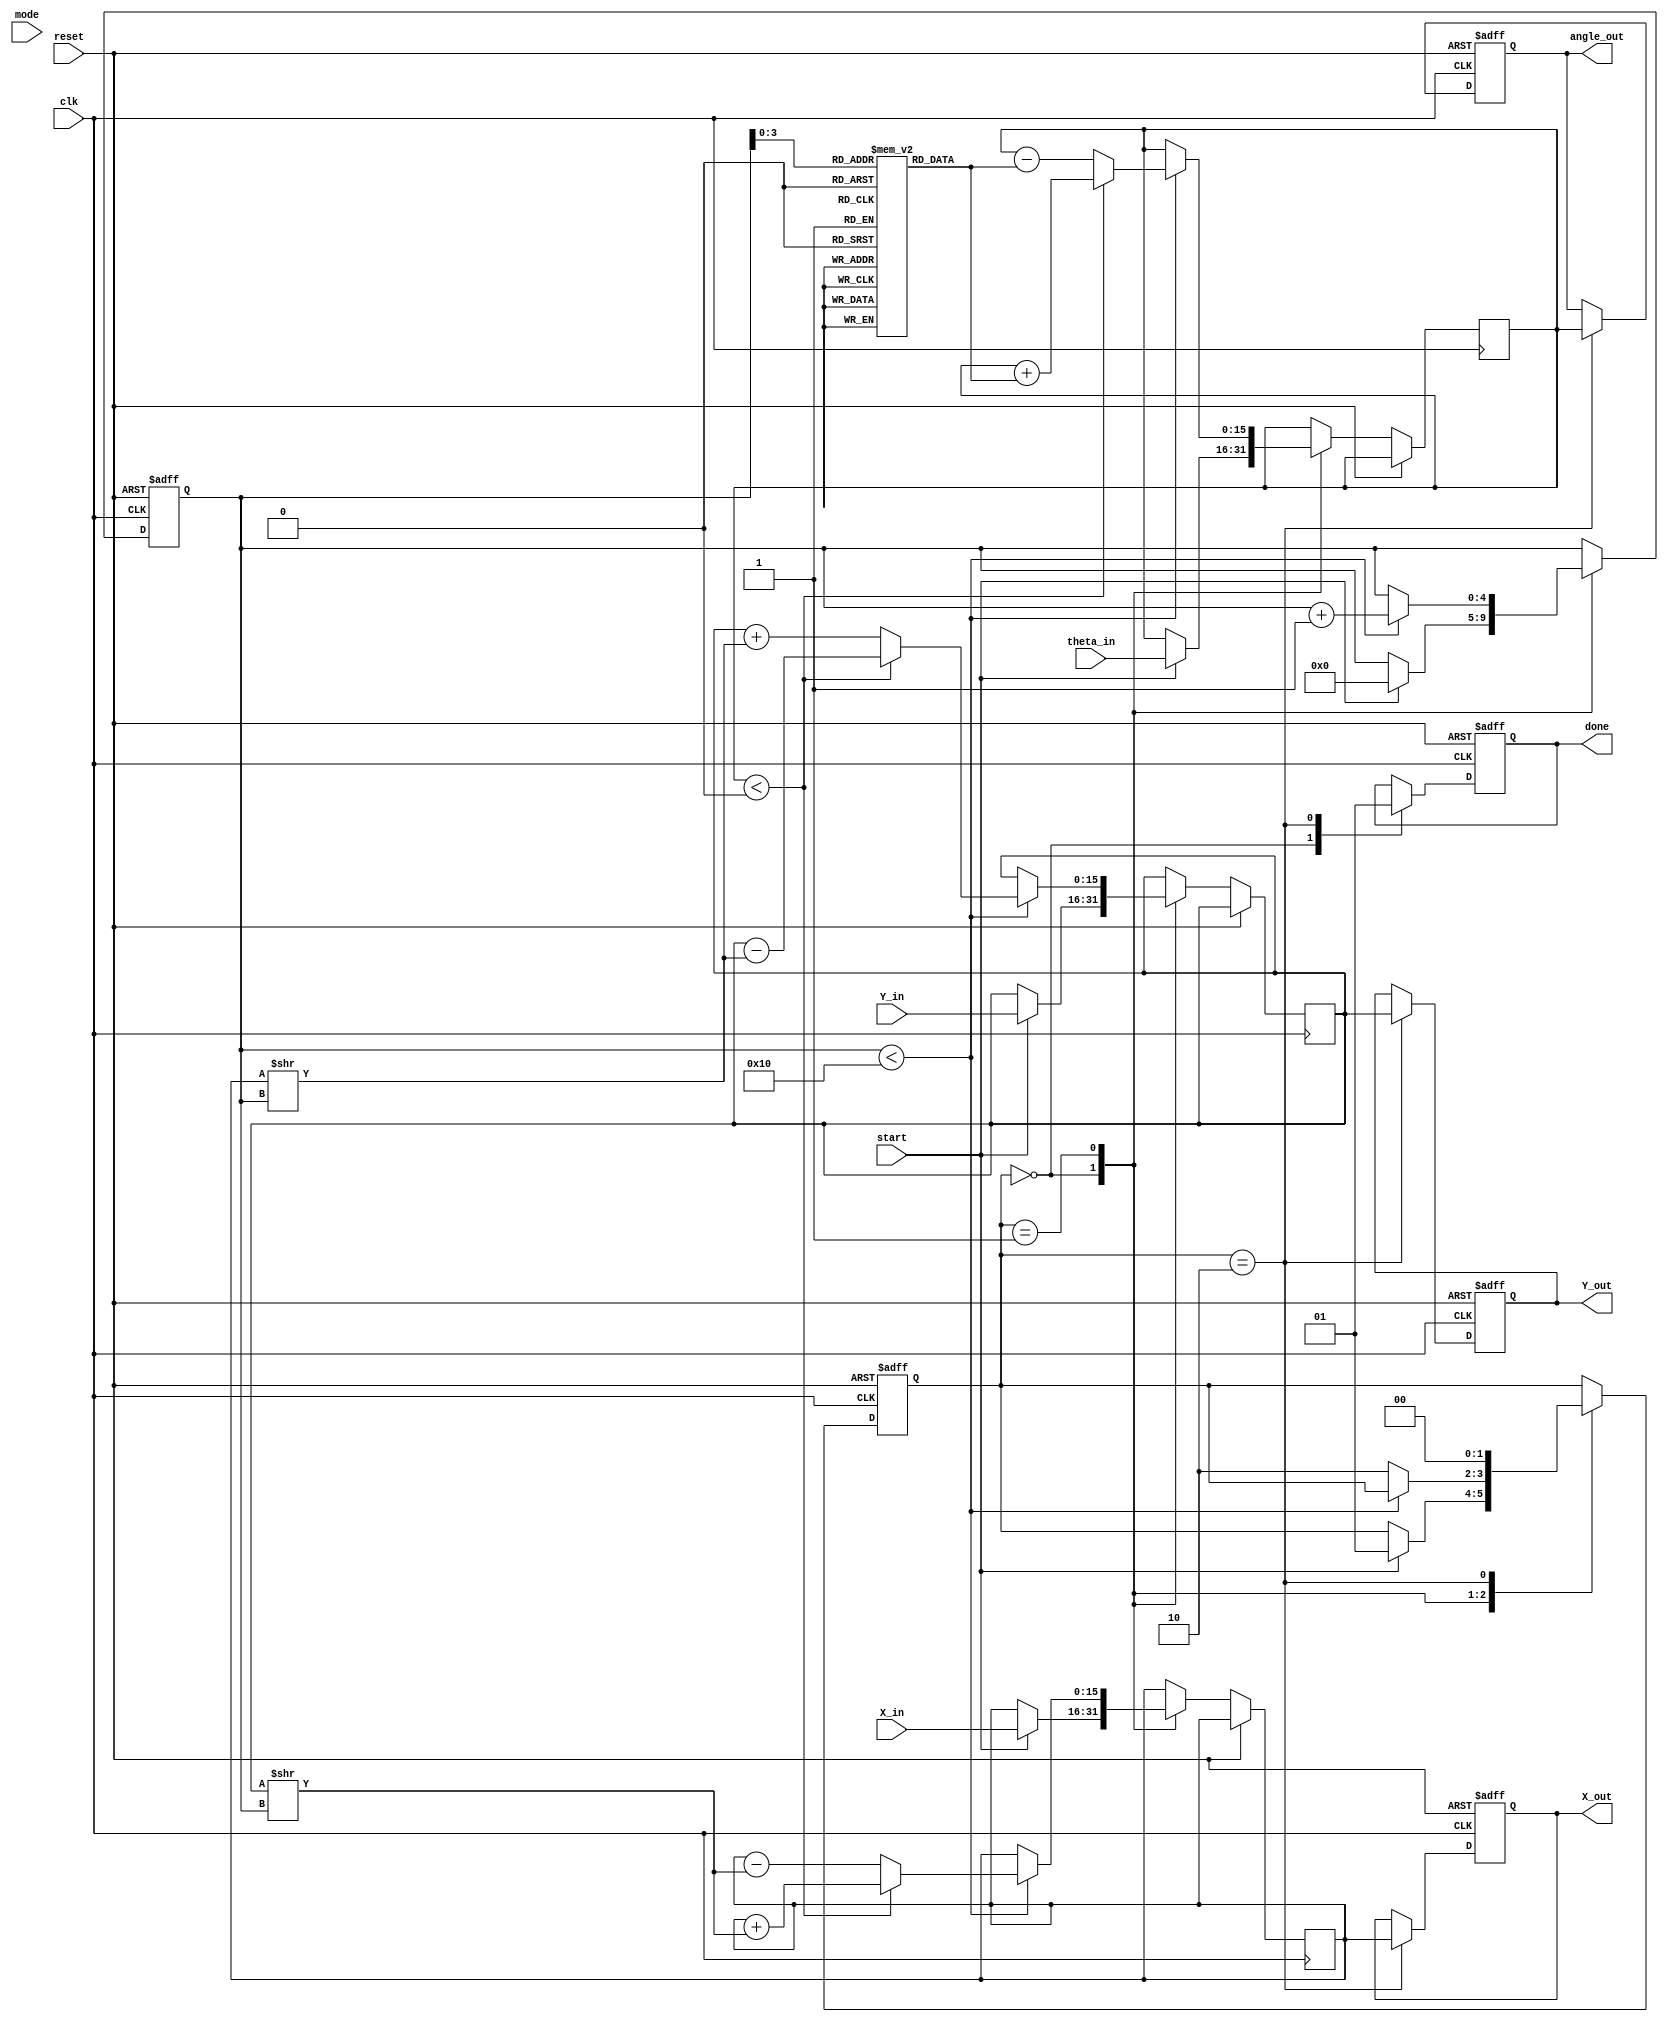
module Cordic2D (
    input clk,
    input reset,
    input start,
    input [15:0] X_in,
    input [15:0] Y_in,
    input [15:0] theta_in,
    input mode, // 0 for Rotation Mode, 1 for Vector Mode
    output reg [15:0] X_out,
    output reg [15:0] Y_out,
    output reg [15:0] angle_out,
    output reg done
);

    // CORDIC parameters
    parameter NUM_ITERATIONS = 16;
    reg [15:0] angle [0:NUM_ITERATIONS-1];
    initial begin
        // Pre-computed arctan values
        angle[0] = 16'h2000; // atan(2^-0)
        angle[1] = 16'h1000; // atan(2^-1)
        angle[2] = 16'h0800; // atan(2^-2)
        angle[3] = 16'h0400; // atan(2^-3)
        angle[4] = 16'h0200; // atan(2^-4)
        angle[5] = 16'h0100; // atan(2^-5)
        angle[6] = 16'h0080; // atan(2^-6)
        angle[7] = 16'h0040; // atan(2^-7)
        angle[8] = 16'h0020; // atan(2^-8)
        angle[9] = 16'h0010; // atan(2^-9)
        angle[10] = 16'h0008; // atan(2^-10)
        angle[11] = 16'h0004; // atan(2^-11)
        angle[12] = 16'h0002; // atan(2^-12)
        angle[13] = 16'h0001; // atan(2^-13)
        angle[14] = 16'h0001; // atan(2^-14)
        angle[15] = 16'h0000; // atan(2^-15)
    end

    reg [15:0] x, y;
    reg [15:0] theta;
    reg [4:0] iter; // to count iterations
    reg [1:0] state; // FSM state: 0=Idle, 1=Compute, 2=Done

    always @(posedge clk or posedge reset) begin
        if (reset) begin
            X_out <= 16'b0;
            Y_out <= 16'b0;
            angle_out <= 16'b0;
            done <= 0;
            state <= 0;
            iter <= 0;
        end else begin
            case (state)
                0: begin // Idle State
                    done <= 0;
                    if (start) begin
                        x <= X_in;
                        y <= Y_in;
                        theta <= theta_in;
                        iter <= 0;
                        state <= 1; // Move to Compute State
                    end
                end
                
                1: begin // Compute State
                    if (iter < NUM_ITERATIONS) begin
                        if (theta < 0) begin // Rotate in the negative direction
                            x <= x + (y >> iter);
                            y <= y - (x >> iter);
                            theta <= theta + angle[iter];
                        end else begin // Rotate in the positive direction
                            x <= x - (y >> iter);
                            y <= y + (x >> iter);
                            theta <= theta - angle[iter];
                        end
                        iter <= iter + 1;
                    end else begin
                        state <= 2; // Move to Done State
                    end
                end
                
                2: begin // Done State
                    X_out <= x;
                    Y_out <= y;
                    angle_out <= theta; // For Vector Mode, can be used to output angle
                    done <= 1;
                    state <= 0; // Return to Idle
                end
            endcase
        end
    end

endmodule